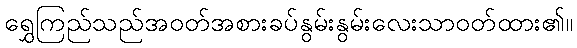
ရွှေကြည်သည်အဝတ်အစားခပ်နွမ်းနွမ်းလေးသာဝတ်ထား၏။